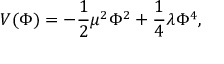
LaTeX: V ( \Phi ) = - \frac { 1 } { 2 } \mu ^ { 2 } \Phi ^ { 2 } + \frac { 1 } { 4 } \lambda \Phi ^ { 4 } ,